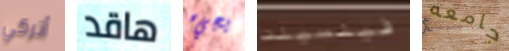
أتركي هاقد يجيء فينسينت جامعه